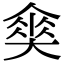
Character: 𡙫